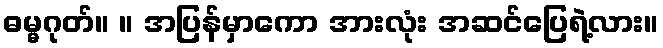
ဓမ္မဂုတ်။ ။ အပြန်မှာကော အားလုံး အဆင်ပြေရဲ့လား။